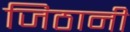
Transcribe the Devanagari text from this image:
जिठानी